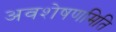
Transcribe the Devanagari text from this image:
अवशेषणमिति